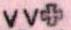
vv+